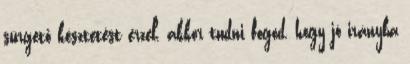
sürgető késztetést érzel, akkor tudni fogod, hogy jó irányba